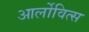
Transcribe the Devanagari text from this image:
आर्लोवित्स